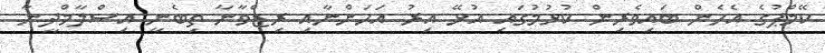
ކޭމްޕުގެ އެހެން ބައިވެރިން ކުޅުމުގައި އުޅޭ އިރު އަހަންނާއި ރިޒްވާނާ ތިބެނީ އިސްލާމްދީނާ